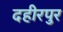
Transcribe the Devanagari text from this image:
दहीरपुर